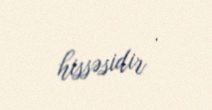
hissəsidir .